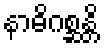
နာဓိဂစ္ဆန္တိ